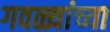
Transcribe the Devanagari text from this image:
गवळ्यांच्या